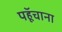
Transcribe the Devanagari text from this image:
पहूॅचाना